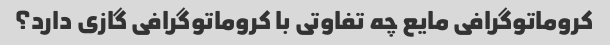
کروماتوگرافی مایع چه تفاوتی با کروماتوگرافی گازی دارد؟